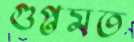
গুপ্তমত